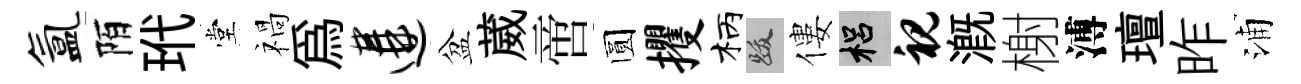
氲陌玳堂禍爲遘盆葳啻圆攫柄跋僂梠视溉榭溥璮昨浦